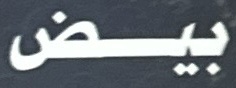
بيض